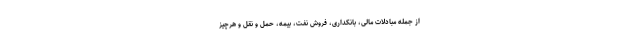
از جمله مبادلات مالی، بانکداری، فروش نفت، بیمه، حمل و نقل و هرچیز